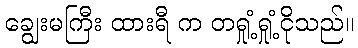
ချွေးမကြီး ထားရီ က တရှုံ့ရှုံ့ငိုသည်။